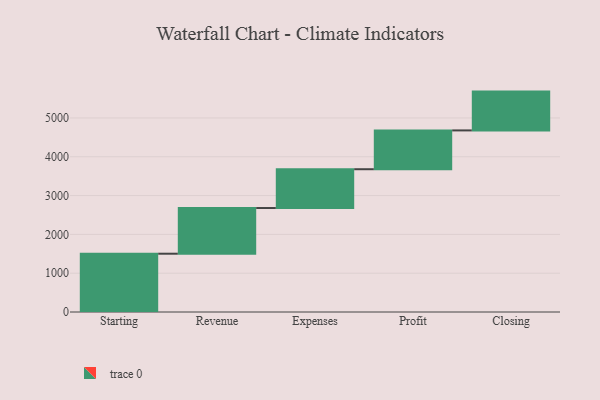
{"axis": {"x": "Step", "y": "Value"}, "legend": [""], "data": [{"x": "Starting", "y": 1502.0, "type": ""}, {"x": "Revenue", "y": 1177.0, "type": ""}, {"x": "Expenses", "y": 1000, "type": ""}, {"x": "Profit", "y": 1000, "type": ""}, {"x": "Closing", "y": 1000, "type": ""}]}